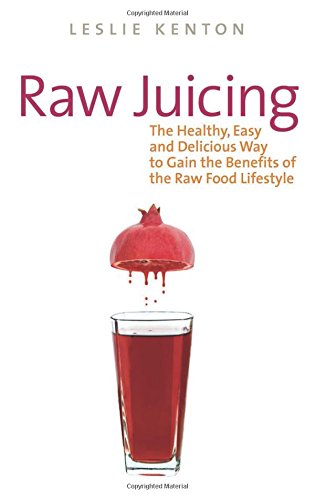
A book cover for Raw Juicing: The Healthy, Easy and Delicious Way to Gain the Benefits of the Raw Food Lifestyle; Leslie Kenton; Cookbooks, Food & Wine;